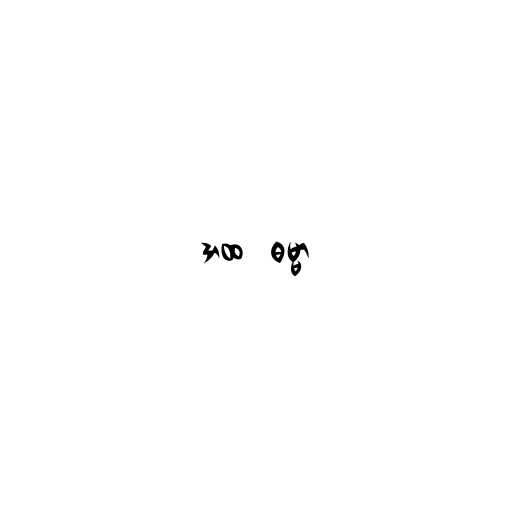
အထ  ဓမ္မာ